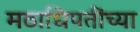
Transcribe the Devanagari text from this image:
मठाधिपतींच्या